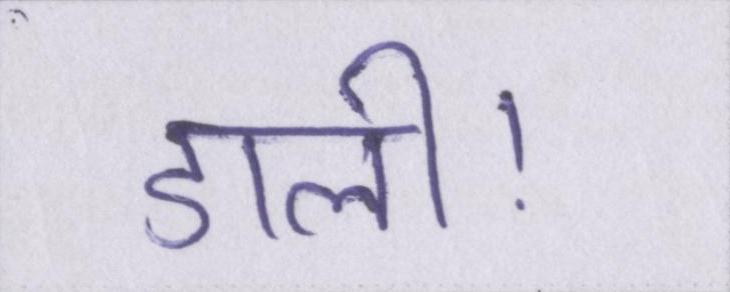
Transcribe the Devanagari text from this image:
डाली।